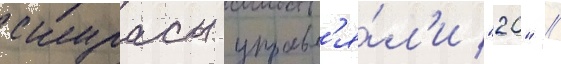
скурасы управл'я́л'и "20" /